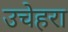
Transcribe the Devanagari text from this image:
उचेहरा